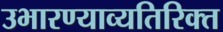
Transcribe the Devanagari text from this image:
उभारण्याव्यतिरिक्त